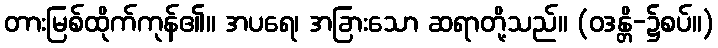
တားမြစ်ထိုက်ကုန်၏။ အပရေ၊ အခြားသော ဆရာတို့သည်။ (ဝဒန္တိ-၌စပ်။)